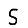
Digit: 5